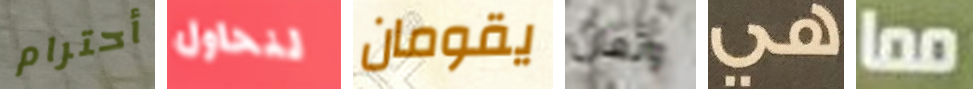
أحترام لنحاول يقومان وتعال هي مما